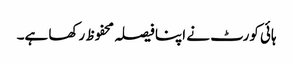
ہائی کورٹ نے اپنا فیصلہ محفوظ رکھا ہے۔